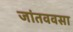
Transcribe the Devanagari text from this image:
जांतववसा